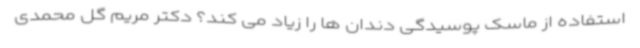
استفاده از ماسک پوسیدگی دندان ها را زیاد می کند؟ دکتر مریم گل محمدی